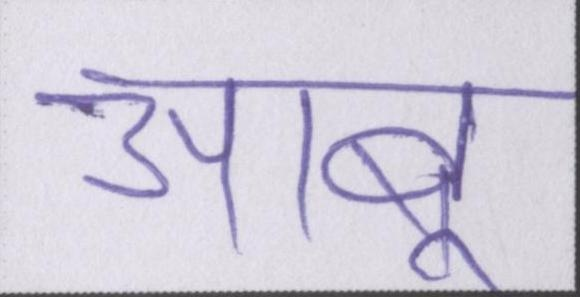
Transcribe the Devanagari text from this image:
आबू